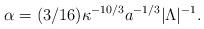
LaTeX: \begin{align*}\alpha = (3/16)\kappa^{-10/3}a^{-1/3}|\Lambda|^{-1}.\end{align*}